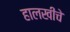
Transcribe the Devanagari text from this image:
हालखीचे